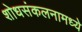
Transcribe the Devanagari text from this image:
शोधसंकलनामध्ये